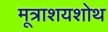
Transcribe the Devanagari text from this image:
मूत्राशयशोथ